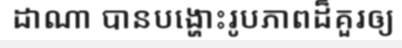
ដាណា បានបង្ហោះរូបភាពដ៏គួរឲ្យ